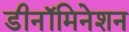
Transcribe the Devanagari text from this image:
डीनॉमिनेशन